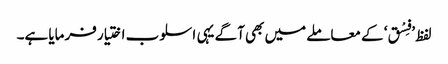
لفظ ’فِسْق‘ کے معاملے میں بھی آگے یہی اسلوب اختیار فرمایا ہے۔